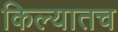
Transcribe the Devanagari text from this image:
किल्यातच